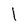
Character: 1